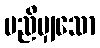
မညီမျှသော